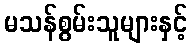
မသန်စွမ်းသူများနှင့်